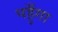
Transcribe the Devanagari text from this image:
पहुँगा